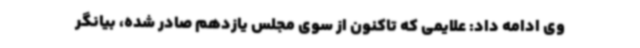
وی ادامه داد: علایمی که تاکنون از سوی مجلس یازدهم صادر شده، بیانگر